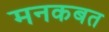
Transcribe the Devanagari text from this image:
मनकबत